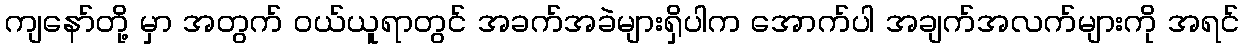
ကျနော်တို့ မှာ အတွက် ဝယ်ယူရာတွင် အခက်အခဲများရှိပါက အောက်ပါ အချက်အလက်များကို အရင်